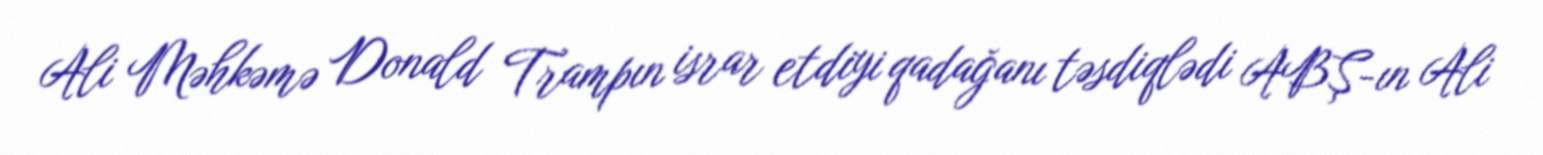
Ali Məhkəmə Donald Trampın israr etdiyi qadağanı təsdiqlədi ABŞ-ın Ali